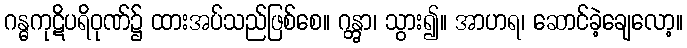
ဂန္ဓကုဋိပရိဝုဏ်၌ ထားအပ်သည်ဖြစ်စေ။ ဂန္တွာ၊ သွား၍။ အာဟရ၊ ဆောင်ခဲ့ချေလော့။